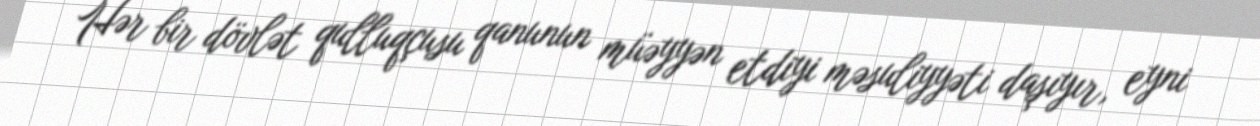
Hər bir dövlət qulluqçusu qanunun müəyyən etdiyi məsuliyyəti daşıyır, eyni